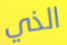
الذي